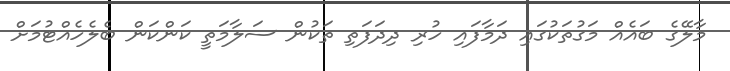
މާލޭގެ ބައެއް މަގުތަކުގައި ދަމާފައި ހުރި ދިދަފަތި ތަކުން ސަލާމަތީ ކަންކަން ބެލެހެއްޓުމަށް